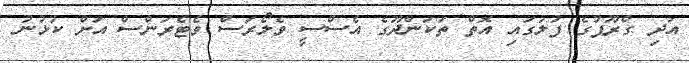
އަދި ގްރޫޕުގެ ފުލުގައި އޮތް ތަކަންދޫގެ އެސްސީ ވެލޯރަސް ވެޓެރަންސް އަށް ކުޅުނު